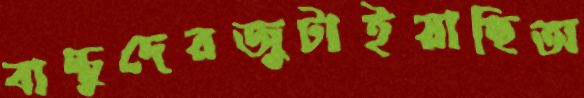
বাচ্চুদেরজুটাইয়াছিঅ